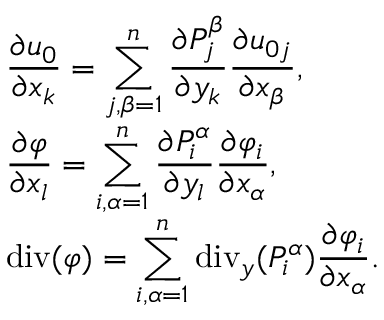
\begin{array} { l l r } { \displaystyle \frac { \partial { \boldsymbol { u _ { 0 } } } } { \partial x _ { k } } = \sum _ { j , \beta = 1 } ^ { n } \frac { \partial { P _ { j } ^ { \beta } } } { \partial y _ { k } } \frac { \partial u _ { 0 j } } { \partial x _ { \beta } } , } \\ { \displaystyle \frac { \partial { \boldsymbol \varphi } } { \partial x _ { l } } = \sum _ { i , \alpha = 1 } ^ { n } \frac { \partial { P _ { i } ^ { \alpha } } } { \partial y _ { l } } \frac { \partial \varphi _ { i } } { \partial x _ { \alpha } } , } \\ { \displaystyle \operatorname { d i v } ( \boldsymbol \varphi ) = \sum _ { i , \alpha = 1 } ^ { n } \operatorname { d i v } _ { y } ( { P _ { i } ^ { \alpha } } ) \frac { \partial \varphi _ { i } } { \partial x _ { \alpha } } . } \end{array}